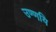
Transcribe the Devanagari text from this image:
उण्णयि